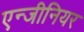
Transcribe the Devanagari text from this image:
एन्जीनियर